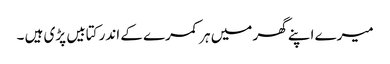
میرے اپنے گھر میں ہر کمرے کے اندر کتابیں پڑی ہیں ۔